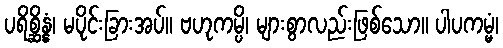
ပရိစ္ဆိန္နံ၊ မပိုင်းခြားအပ်။ ဗဟုကမ္ပိ၊ များစွာလည်းဖြစ်သော။ ပါပကမ္မံ၊